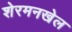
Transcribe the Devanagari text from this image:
शेरमनखेल